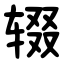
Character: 辍